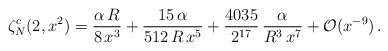
\begin{align*}\zeta_N^c(2,x^2)=\frac{\alpha\,R}{8\,x^3}+\frac{15\,\alpha}{512\,R\,x^5}+\frac{4035}{2^{17}}\,\frac{\alpha}{R^3\,x^7}+{\cal O}(x^{-9})\,{.}\end{align*}